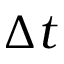
\Delta t { }